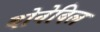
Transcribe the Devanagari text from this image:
बोनेविल